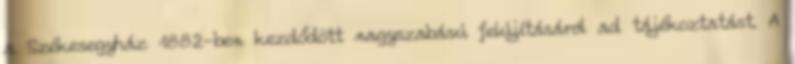
a Székesegyház 1882-ben kezdődött nagyszabású felújításáról ad tájékoztatást. A